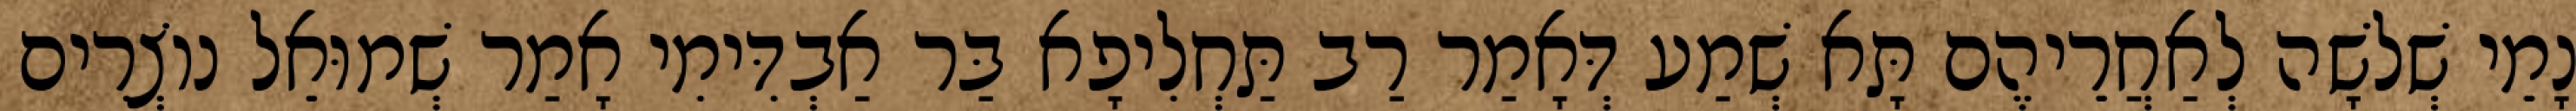
נָמֵי שְׁלֹשָׁה לְאַחֲרֵיהֶם תָּא שְׁמַע דְּאָמַר רַב תַּחְלִיפָא בַּר אַבְדִּימִי אָמַר שְׁמוּאֵל נוֹצְרִים